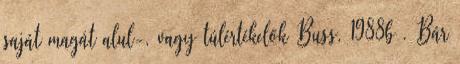
saját magát alul-, vagy túlértékelők Buss, 1988b . Bár